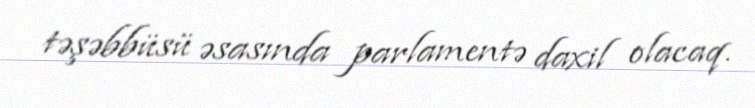
təşəbbüsü əsasında parlamentə daxil olacaq.